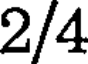
2/4